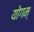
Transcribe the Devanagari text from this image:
योगम्